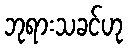
ဘုရားသခင်ဟု